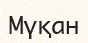
Мүқан